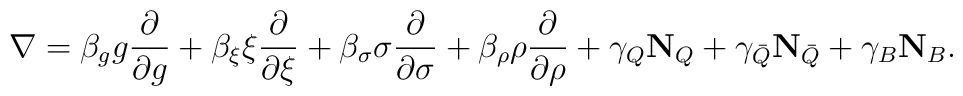
\nabla = \beta_g g \frac{\partial}{\partial g} +\beta_\xi \xi \frac{\partial}{\partial \xi} +\beta_\sigma \sigma \frac{\partial}{\partial \sigma} +\beta_\rho \rho \frac{\partial}{\partial \rho} +\gamma_Q \mathbf{N}_Q + \gamma_{\bar Q} \mathbf{N}_{\bar Q} + \gamma_B \mathbf{N}_B.